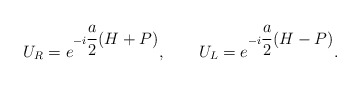
\begin{align*}U_{R}=e^{-i\displaystyle\frac{a}{2}(H+P)},\qquad U_{L}=e^{-i\displaystyle\frac{a}{2}(H-P)}.\end{align*}